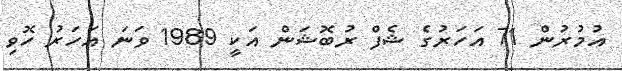
އުމުރުން 71 އަހަރުގެ ޝެފް ރުބޮޝަން އަކީ 1989 ވަނަ އަހަރު ހޮވި